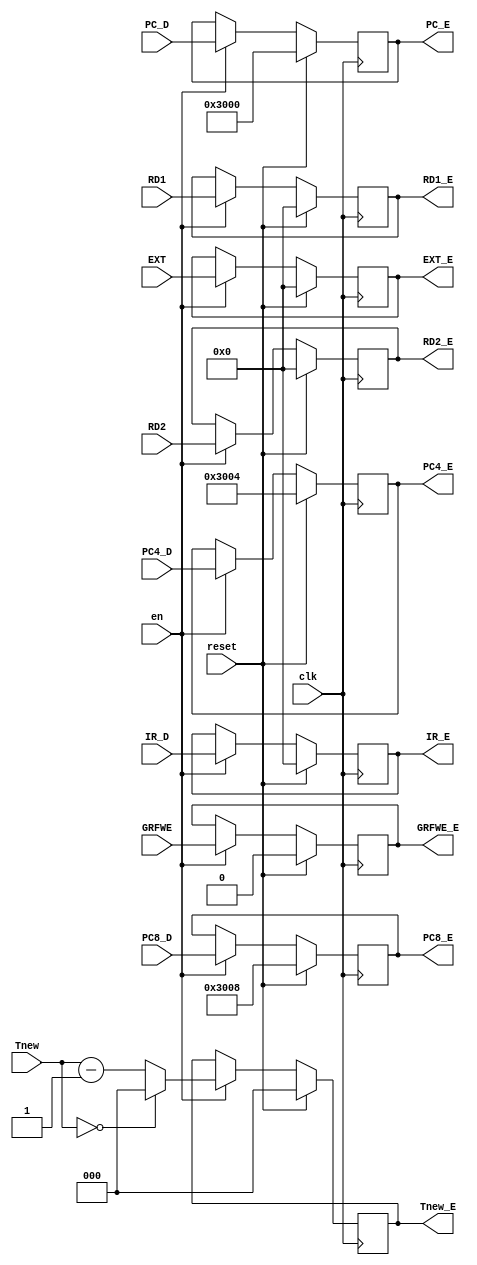
`timescale 1ns / 1ps
//////////////////////////////////////////////////////////////////////////////////
// Company: 
// Engineer: 
// 
// Design Name: 
// Module Name:    DEreg 
// Project Name: 
// Target Devices: 
// Tool versions: 
// Description: 
//
// Dependencies: 
//
// Revision: 
// Revision 0.01 - File Created
// Additional Comments: 
//
//////////////////////////////////////////////////////////////////////////////////
module DEreg(
    input clk,
    input reset,
	input en,
    input [31:0] IR_D,
	input [31:0] PC_D,
    input [31:0] PC4_D,
    input [31:0] PC8_D,
    input [31:0] RD1,
    input [31:0] RD2,
    input [31:0] EXT,
	input GRFWE,
	input [2:0] Tnew,
    output reg[31:0] IR_E,
	output reg[31:0] PC_E,
    output reg[31:0] PC4_E,
    output reg[31:0] PC8_E,
    output reg[31:0] RD1_E,
    output reg[31:0] RD2_E,
    output reg[31:0] EXT_E,
	output reg GRFWE_E,
	output reg [2:0] Tnew_E
    );
	
	initial begin
		IR_E = 32'h00000000;
		PC_E = 32'h00003000;
		PC4_E = 32'h00003004;
		PC8_E = 32'h00003008;
		RD1_E = 32'h00000000;
		RD2_E = 32'h00000000;
		EXT_E = 32'h00000000;
		GRFWE_E = 1'b0;
		Tnew_E = 3'b000;
	end
	
	always @ ( posedge clk ) begin
		if (reset==1) begin
			IR_E <= 32'h00000000;
			PC_E <= 32'h00003000;
			PC4_E <= 32'h00003004;
			PC8_E <= 32'h00003008;
			RD1_E <= 32'h00000000;
			RD2_E <= 32'h00000000;
			EXT_E <= 32'h00000000;
			GRFWE_E <= 1'b0;
			Tnew_E <= 3'b000;
		end
		else if (en==1) begin
			IR_E <= IR_D;
			PC_E <= PC_D;
			PC4_E <= PC4_D;
			PC8_E <= PC8_D;
			RD1_E <= RD1;
			RD2_E <= RD2;
			EXT_E <= EXT;
			GRFWE_E <= GRFWE;
			Tnew_E <= (Tnew==3'b000) ? 3'b000 : Tnew - 1;
		end
	end

endmodule